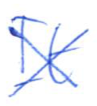
Text: It
Cross-out: cross
Writing tool: ballpoint